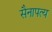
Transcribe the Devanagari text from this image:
सैनापत्य